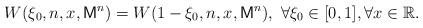
LaTeX: \begin{align*}W(\xi_0,n,x,\mathsf{M}^n)=W(1-\xi_0,n,x,\mathsf{M}^n), ~\forall \xi_0\in [0,1], \forall x\in\mathbb{R}.\end{align*}